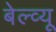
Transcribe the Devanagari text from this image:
बेल्व्यू